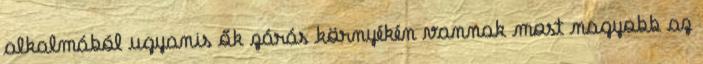
alkalmából ugyanis ők zárás környékén vannak most nagyobb az